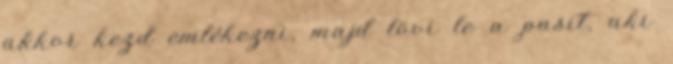
akkor kezd emlékezni, majd lövi le a pasit, aki